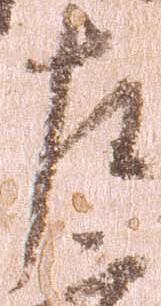
左